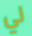
لي